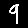
Digit: 9